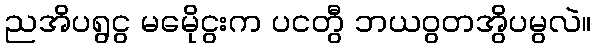
ညအိပရွငွ မမေိုငွးက ပငတွီ ဘယဝွတအွိပမွလဲ။